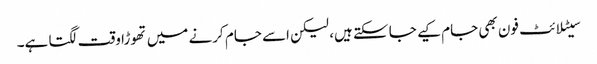
سیٹلا ئٹ فون بھی جام کیے جا سکتے ہیں، لیکن اسے جام کرنے میں تھوڑا وقت لگتا ہے۔